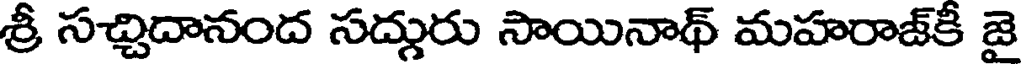
శ్రీ సచ్చిదానంద సద్గురు సాయినాథ్ మహరాజ్కీ జై